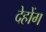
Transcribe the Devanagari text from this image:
देहोंग